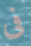
فى